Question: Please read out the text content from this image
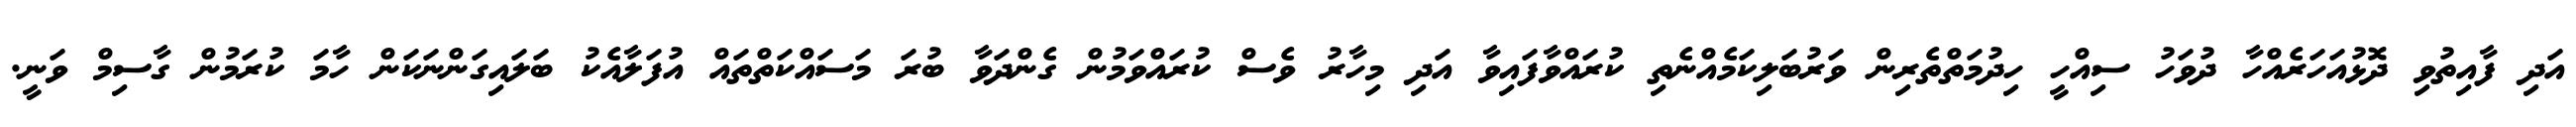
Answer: އަދި ފާއިތުވި ދޮޅުއަހަރެއްހާ ދުވަހު ސިއްހީ ހިދުމަތްތެރިން ވަރުބަލިކަމެއްނެތި ކުރައްވާފައިވާ އަދި މިހާރު ވެސް ކުރައްވަމުން ގެންދަވާ ބުރަ މަސައްކަތްތައް އުފަލާއެކު ބަލައިގަންނަކަން ހާމަ ކުރަމުން ގާސިމް ވަނީ.